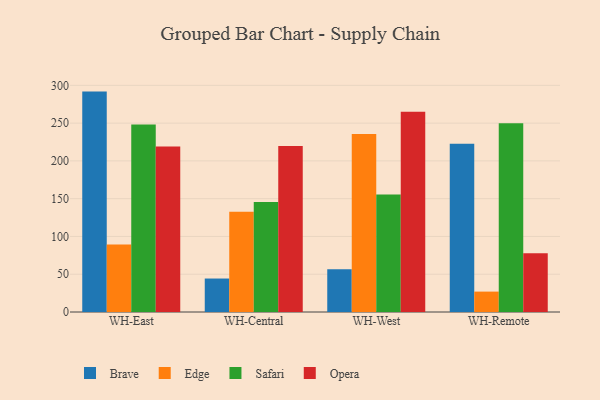
{"axis": {"x": "Warehouse", "y": "Budget (USD K)"}, "legend": ["Brave", "Edge", "Opera", "Safari"], "data": [{"x": "WH-East", "y": 291.7, "type": "Brave"}, {"x": "WH-East", "y": 89.2, "type": "Edge"}, {"x": "WH-East", "y": 248.0, "type": "Safari"}, {"x": "WH-East", "y": 219.1, "type": "Opera"}, {"x": "WH-Central", "y": 44.3, "type": "Brave"}, {"x": "WH-Central", "y": 132.8, "type": "Edge"}, {"x": "WH-Central", "y": 145.6, "type": "Safari"}, {"x": "WH-Central", "y": 219.8, "type": "Opera"}, {"x": "WH-West", "y": 56.7, "type": "Brave"}, {"x": "WH-West", "y": 235.7, "type": "Edge"}, {"x": "WH-West", "y": 155.4, "type": "Safari"}, {"x": "WH-West", "y": 264.9, "type": "Opera"}, {"x": "WH-Remote", "y": 222.8, "type": "Brave"}, {"x": "WH-Remote", "y": 27.0, "type": "Edge"}, {"x": "WH-Remote", "y": 249.7, "type": "Safari"}, {"x": "WH-Remote", "y": 77.7, "type": "Opera"}]}